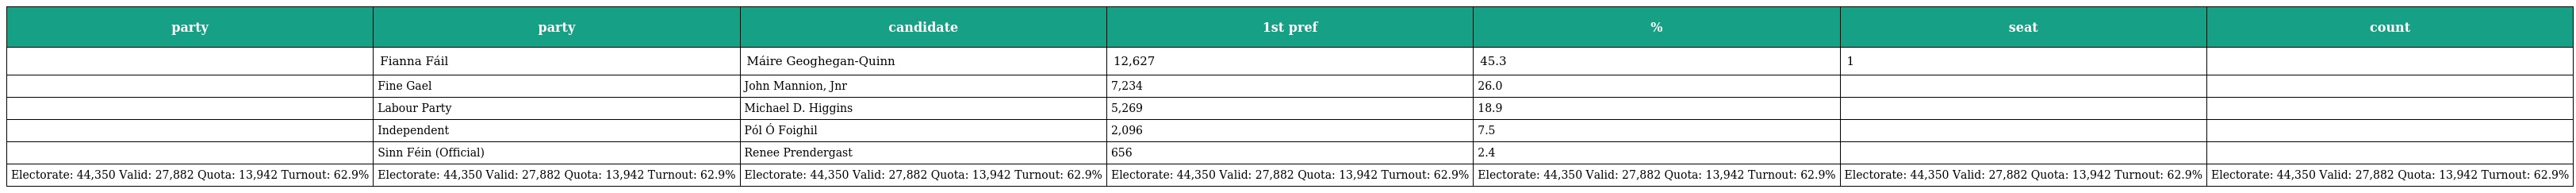
| party | party | candidate | 1st pref | % | seat | count |
 | --- | --- | --- | --- | --- | --- | --- |
 |  | Fianna Fáil | Máire Geoghegan-Quinn | 12,627 | 45.3 | 1 |  |
 |  | Fine Gael | John Mannion, Jnr | 7,234 | 26.0 |  |  |
 |  | Labour Party | Michael D. Higgins | 5,269 | 18.9 |  |  |
 |  | Independent | Pól Ó Foighil | 2,096 | 7.5 |  |  |
 |  | Sinn Féin (Official) | Renee Prendergast | 656 | 2.4 |  |  |
 | Electorate: 44,350 Valid: 27,882 Quota: 13,942 Turnout: 62.9% | Electorate: 44,350 Valid: 27,882 Quota: 13,942 Turnout: 62.9% | Electorate: 44,350 Valid: 27,882 Quota: 13,942 Turnout: 62.9% | Electorate: 44,350 Valid: 27,882 Quota: 13,942 Turnout: 62.9% | Electorate: 44,350 Valid: 27,882 Quota: 13,942 Turnout: 62.9% | Electorate: 44,350 Valid: 27,882 Quota: 13,942 Turnout: 62.9% | Electorate: 44,350 Valid: 27,882 Quota: 13,942 Turnout: 62.9% |